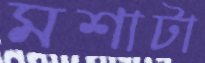
মশাটা